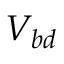
V _ { b d }